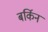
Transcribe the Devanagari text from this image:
बर्किन